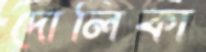
দোলিকা